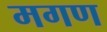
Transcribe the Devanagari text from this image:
मगण